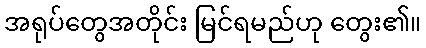
အရုပ်တွေအတိုင်း မြင်ရမည်ဟု တွေး၏။